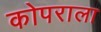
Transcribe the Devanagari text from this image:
कोपराला